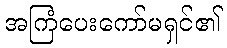
အကြံပေးကော်မရှင်၏